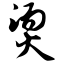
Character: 烫